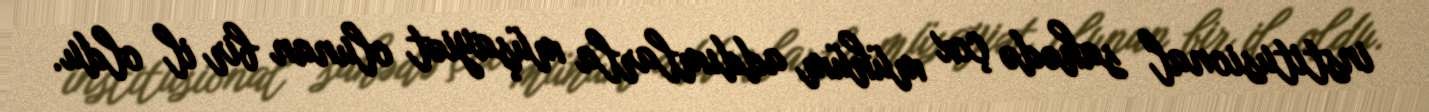
institusional sahədə çox mühüm addımlarla müşayiət olunan bir il oldu.